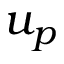
u _ { p }